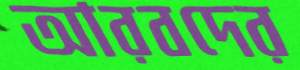
আরবদের